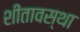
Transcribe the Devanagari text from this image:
शीतावस्था